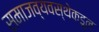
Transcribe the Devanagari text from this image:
समाजव्यवस्थेकडून